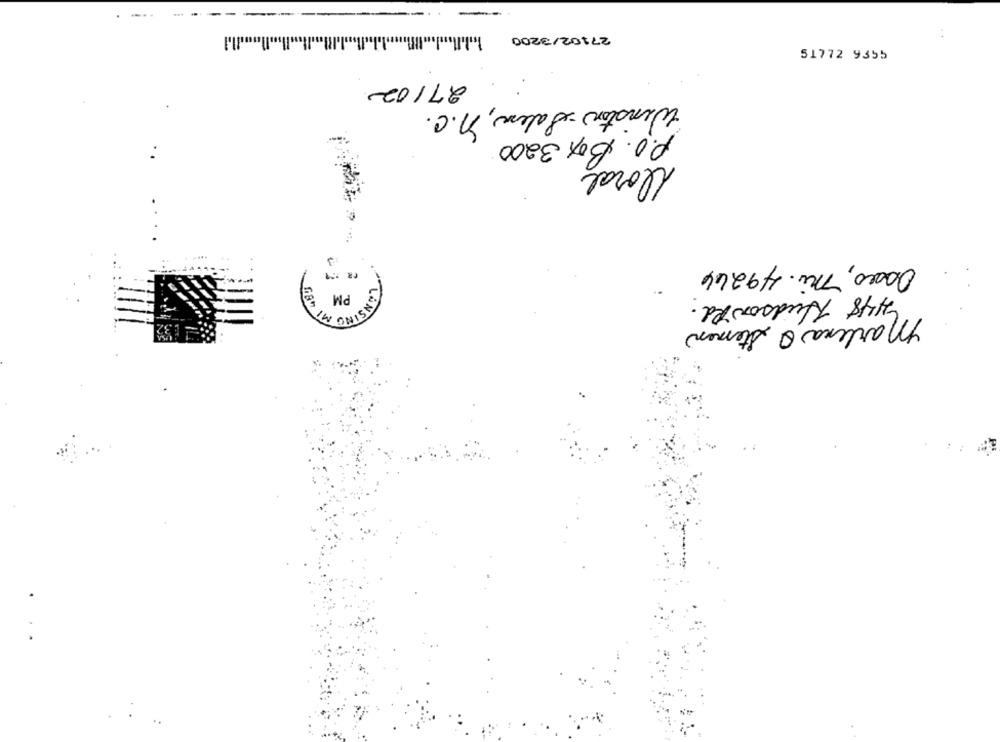
--
27102/3200
..
27/02
Winston-Salem, n.c.
P.O. Box 3200
Doral
Osses, Mi. 49244
PM
4148 Hudson Rd.
ENSINO MI
Marlena O Stemen